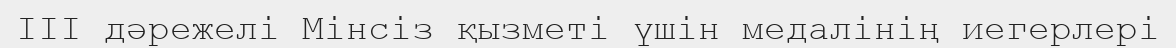
III дәрежелі Мінсіз қызметі үшін медалінің иегерлері